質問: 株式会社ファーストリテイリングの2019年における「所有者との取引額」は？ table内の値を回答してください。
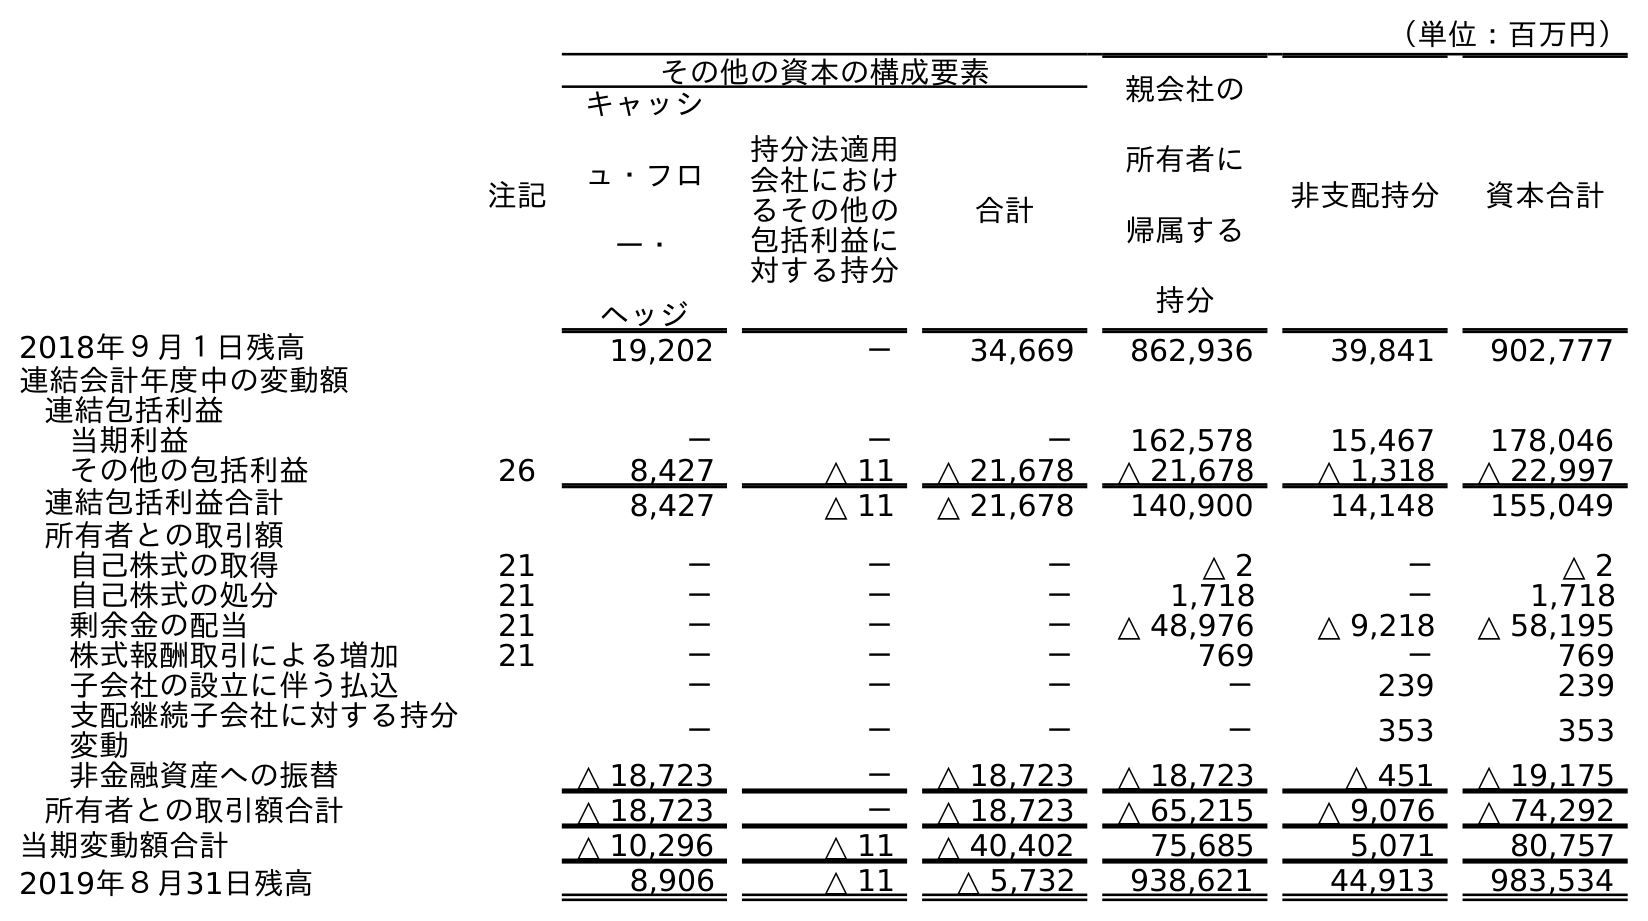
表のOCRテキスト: （単位：百万円） 注記 その他の資本の構成要素 親会社の 所有者に 帰属する 持分 非支配持分 資本合計 キャッシ ュ・フロ ー・ ヘッジ 持分法適用 会社におけ るその他の 包括利益に 対する持分 合計 2018年９月１日残高 19,202 － 34,669 862,936 39,841 902,777 連結会計年度中の変動額 連結包括利益 当期利益 － － － 162,578 15,467 178,046 その他の包括利益 26 8,427 △ 11 △ 21,678 △ 21,678 △ 1,318 △ 22,997 連結包括利益合計 8,427 △ 11 △ 21,678 140,900 14,148 155,049 所有者との取引額 自己株式の取得 21 － － － △ 2 － △ 2 自己株式の処分 21 － － － 1,718 － 1,718 剰余金の配当 21 － － － △ 48,976 △ 9,218 △ 58,195 株式報酬取引による増加 21 － － － 769 － 769 子会社の設立に伴う払込 － － － － 239 239 支配継続子会社に対する持分 変動 － － － － 353 353 非金融資産への振替 △ 18,723 － △ 18,723 △ 18,723 △ 451 △ 19,175 所有者との取引額合計 △ 18,723 － △ 18,723 △ 65,215 △ 9,076 △ 74,292 当期変動額合計 △ 10,296 △ 11 △ 40,402 75,685 5,071 80,757 2019年８月31日残高 8,906 △ 11 △ 5,732 938,621 44,913 983,534
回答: △74,292